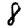
Digit: 8